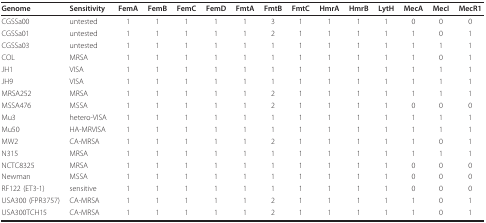
| Genome | Sensitivity | FemA | FemB | FemC | FemD | FmtA | FmtB | FmtC | HmrA | HmrB | LytH | MecA | MecI | MecR1 |
 | --- | --- | --- | --- | --- | --- | --- | --- | --- | --- | --- | --- | --- | --- | --- |
 | CGSSa00 | untested | 1 | 1 | 1 | 1 | 1 | 3 | 1 | 1 | 1 | 1 | 0 | 0 | 0 |
 | CGSSa01 | untested | 1 | 1 | 1 | 1 | 1 | 2 | 1 | 1 | 1 | 1 | 1 | 0 | 1 |
 | CGSSa03 | untested | 1 | 1 | 1 | 1 | 1 | 1 | 1 | 1 | 1 | 1 | 1 | 1 | 1 |
 | COL | MRSA | 1 | 1 | 1 | 1 | 1 | 1 | 1 | 1 | 1 | 1 | 1 | 0 | 1 |
 | JH1 | VISA | 1 | 1 | 1 | 1 | 1 | 1 | 1 | 1 | 1 | 1 | 1 | 1 | 1 |
 | JH9 | VISA | 1 | 1 | 1 | 1 | 1 | 1 | 1 | 1 | 1 | 1 | 1 | 1 | 1 |
 | MRSA252 | MRSA | 1 | 1 | 1 | 1 | 1 | 2 | 1 | 1 | 1 | 1 | 1 | 1 | 1 |
 | MSSA476 | MSSA | 1 | 1 | 1 | 1 | 1 | 2 | 1 | 1 | 1 | 1 | 0 | 0 | 0 |
 | Mu3 | hetero-VISA | 1 | 1 | 1 | 1 | 1 | 1 | 1 | 1 | 1 | 1 | 1 | 1 | 1 |
 | Mu50 | HA-MRVISA | 1 | 1 | 1 | 1 | 1 | 1 | 1 | 1 | 1 | 1 | 1 | 1 | 1 |
 | MW2 | CA-MRSA | 1 | 1 | 1 | 1 | 1 | 2 | 1 | 1 | 1 | 1 | 1 | 0 | 1 |
 | N315 | MRSA | 1 | 1 | 1 | 1 | 1 | 1 | 1 | 1 | 1 | 1 | 1 | 1 | 1 |
 | NCTC8325 | MRSA | 1 | 1 | 1 | 1 | 1 | 1 | 1 | 1 | 1 | 1 | 0 | 0 | 0 |
 | Newman | MSSA | 1 | 1 | 1 | 1 | 1 | 1 | 1 | 1 | 1 | 1 | 0 | 0 | 0 |
 | RF122 (ET3-1) | sensitive | 1 | 1 | 1 | 1 | 1 | 1 | 1 | 1 | 1 | 1 | 0 | 0 | 0 |
 | USA300 (FPR3757) | CA-MRSA | 1 | 1 | 1 | 1 | 1 | 2 | 1 | 1 | 1 | 1 | 1 | 0 | 1 |
 | USA300TCH15 | CA-MRSA | 1 | 1 | 1 | 1 | 1 | 2 | 1 | 1 | 1 | 1 | 1 | 0 | 1 |